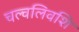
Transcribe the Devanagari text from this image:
चल्वलिवशि